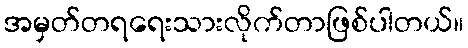
အမှတ်တရရေးသားလိုက်တာဖြစ်ပါတယ်။